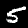
Label: 5